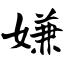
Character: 嫌